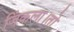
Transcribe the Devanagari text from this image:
जिंकला।तो